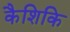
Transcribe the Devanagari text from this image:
कैशिकि